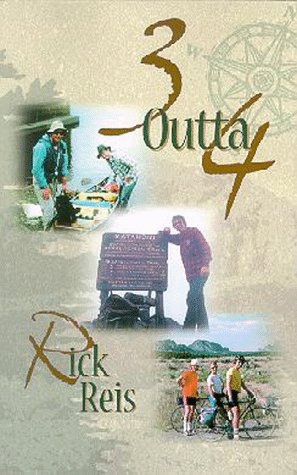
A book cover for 3 Outta 4; Rick Reis; Travel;